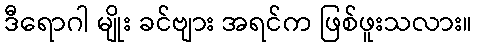
ဒီရောဂါ မျိုး ခင်ဗျား အရင်က ဖြစ်ဖူးသလား။